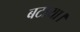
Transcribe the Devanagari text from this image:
बटाया।